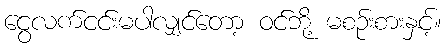
ငွေလက်ငင်းမပါလျှင်တော့ ဝင်ဘို့ မစဉ်းစားနှင့်။